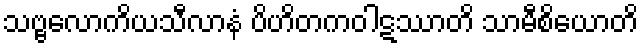
သဗ္ဗလောကိယသီလာနံ ပိဟိတကဝါဋဿာတိ သာမီစိယောတိ